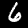
Digit: 6